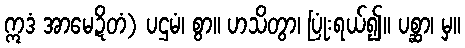
ဣဒံ အာမေဍိတံ) ပဌမံ၊ စွာ။ ဟသိတွာ၊ ပြုံးရယ်၍။ ပစ္ဆာ၊ မှ။